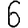
Digit: 6